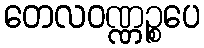
တေလဝဏ္ဏဉ္စပေ